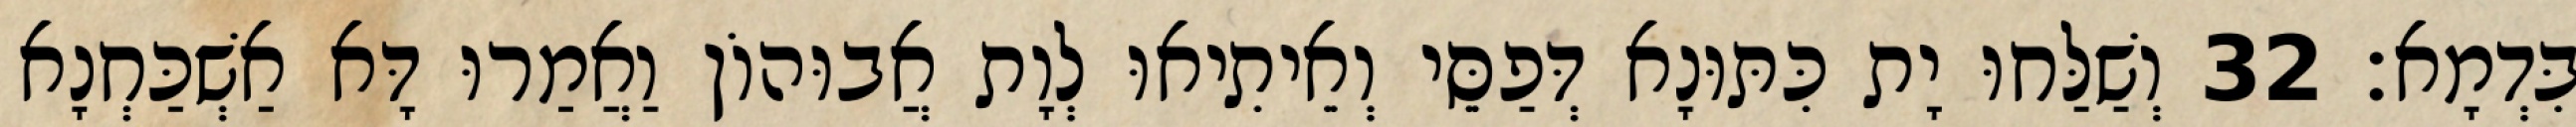
בִּדְמָא׃ 32 וְשַׁלַּחוּ יָת כִּתּוּנָא דְּפַסֵּי וְאֵיתִיאוּ לְוָת אֲבוּהוֹן וַאֲמַרוּ דָּא אַשְׁכַּחְנָא